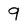
Character: 9